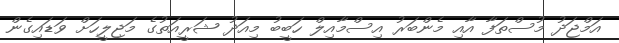
އަމްޖަދު މުސްތަފާ އާއި މެންބަރު އިސްމާއިލް ހަބީބު މިއަދު ޝަރީއަތުގެ މަޖިލީހަށް ވަޑައިގެން